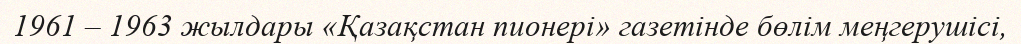
1961 – 1963 жылдары «Қазақстан пионері» газетінде бөлім меңгерушісі,